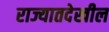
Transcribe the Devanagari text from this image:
राज्यातदेखील